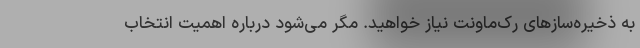
به ذخیره‌سازهای رک‌ماونت نیاز خواهید. مگر می‌شود درباره اهمیت انتخاب